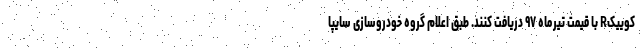
کوییکR با قیمت تیرماه ۹۷ دریافت کنند. طبق اعلام گروه خودروسازی سایپا